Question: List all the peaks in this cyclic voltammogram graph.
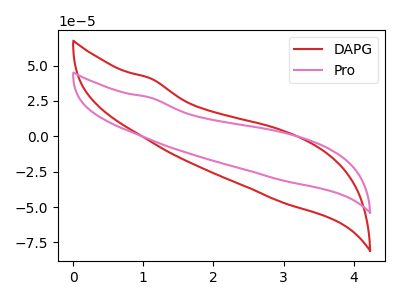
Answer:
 <answer>The red curve "DAPG" has no peaks. The pink curve "Pro" has no peaks.</answer>
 <eval></eval>